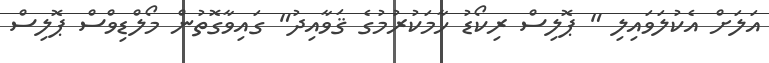
އަލަށް އެކުލަވައިލި " ޕޮލިސް ރިކޯޑު ހާމަކުރުމުގެ ޤަވާއިދު" ގައިވާގޮތުން މޯލްޑިވްސް ޕޮލިސް